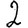
Digit: 2